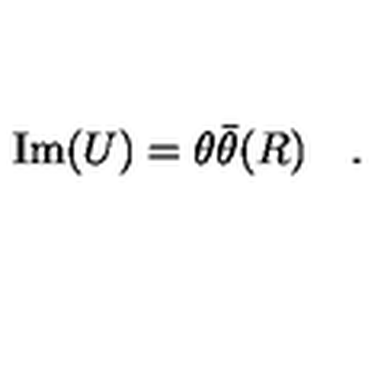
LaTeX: \mathrm { I m } ( U ) = \theta \bar { \theta } ( R ) \quad .